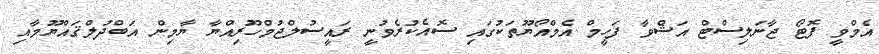
އެމްވީ ފޮޓޯ ޖާނަލިސްޓް އަޝްވާ ފަހީމް އެމްއޯޔޫތަކުގައި ސޮއެކުރެވުނީ ރައީސުލްޖުމްހޫރިއްޔާ ޔާމިން އަބްދުލްޤައްޔޫމާއި